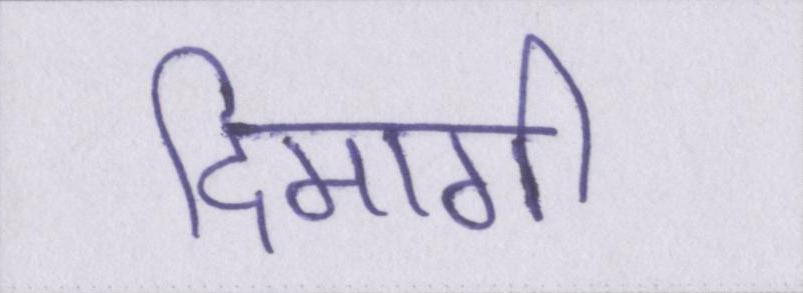
दिमागी